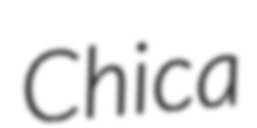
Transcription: Chica